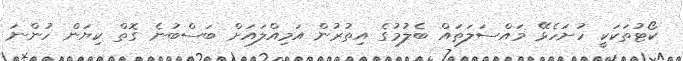
ކޯޓުތަކަކީ ހުށަހެޅޭ މައްސަލަތައް ބެލުމުގެ އިތުރުން އަމިއްލައަށް ބަސްބުނެ ގޮތް ކިޔަން ހުންނަ